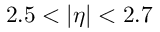
2 . 5 < | \eta | < 2 . 7